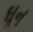
ઘૂન